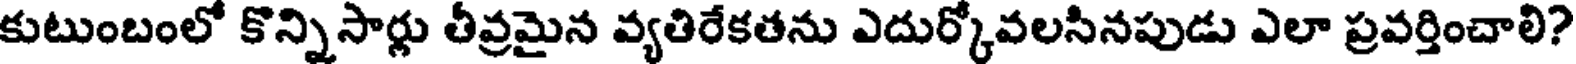
కుటుంబంలో కొన్నిసార్లు తీవ్రమైన వ్యతిరేకతను ఎదుర్కోవలసినపుడు ఎలా ప్రవర్తించాలి?